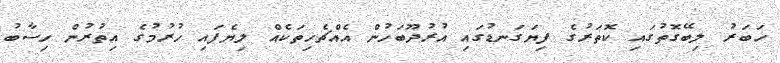
ޚަބަރު ލިބޭގޮތުގައި ކޮތަރުގެ ފިޔަގަނޑުގައި އުރުދޫބަހުން އެއްޗެހިތަކެއް ލިޔެފައި ހުރުމުގެ އިތުރުން ހިސާބު